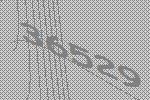
36529